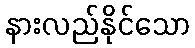
နားလည်နိုင်သော